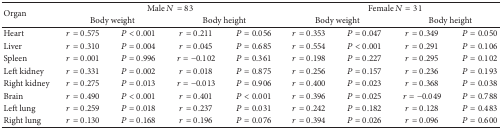
| <ROWSPAN=2> Organ | <COLSPAN=4> Male N = 83 | <COLSPAN=4> Female N = 31 |
 | <COLSPAN=2> Body weight | <COLSPAN=2> Body height | <COLSPAN=2> Body weight | <COLSPAN=2> Body height |
 | --- | --- | --- | --- | --- | --- | --- | --- | --- |
 | Heart | r = 0.575 | P < 0.001 | r = 0.211 | P = 0.056 | r = 0.353 | P = 0.047 | r = 0.349 | P = 0.050 |
 | Liver | r = 0.310 | P = 0.004 | r = 0.045 | P = 0.685 | r = 0.554 | P < 0.001 | r = 0.291 | P = 0.106 |
 | Spleen | r = 0.001 | P = 0.996 | r = −0.102 | P = 0.361 | r = 0.198 | P = 0.227 | r = 0.295 | P = 0.102 |
 | Left kidney | r = 0.331 | P = 0.002 | r = 0.018 | P = 0.875 | r = 0.256 | P = 0.157 | r = 0.236 | P = 0.193 |
 | Right kidney | r = 0.275 | P = 0.013 | r = −0.013 | P = 0.906 | r = 0.400 | P = 0.023 | r = 0.368 | P = 0.038 |
 | Brain | r = 0.490 | P < 0.001 | r = 0.401 | P < 0.001 | r = 0.396 | P = 0.025 | r = −0.049 | P = 0.788 |
 | Left lung | r = 0.259 | P = 0.018 | r = 0.237 | P = 0.031 | r = 0.242 | P = 0.182 | r = 0.128 | P = 0.483 |
 | Right lung | r = 0.130 | P = 0.168 | r = 0.196 | P = 0.076 | r = 0.394 | P = 0.026 | r = 0.096 | P = 0.600 |